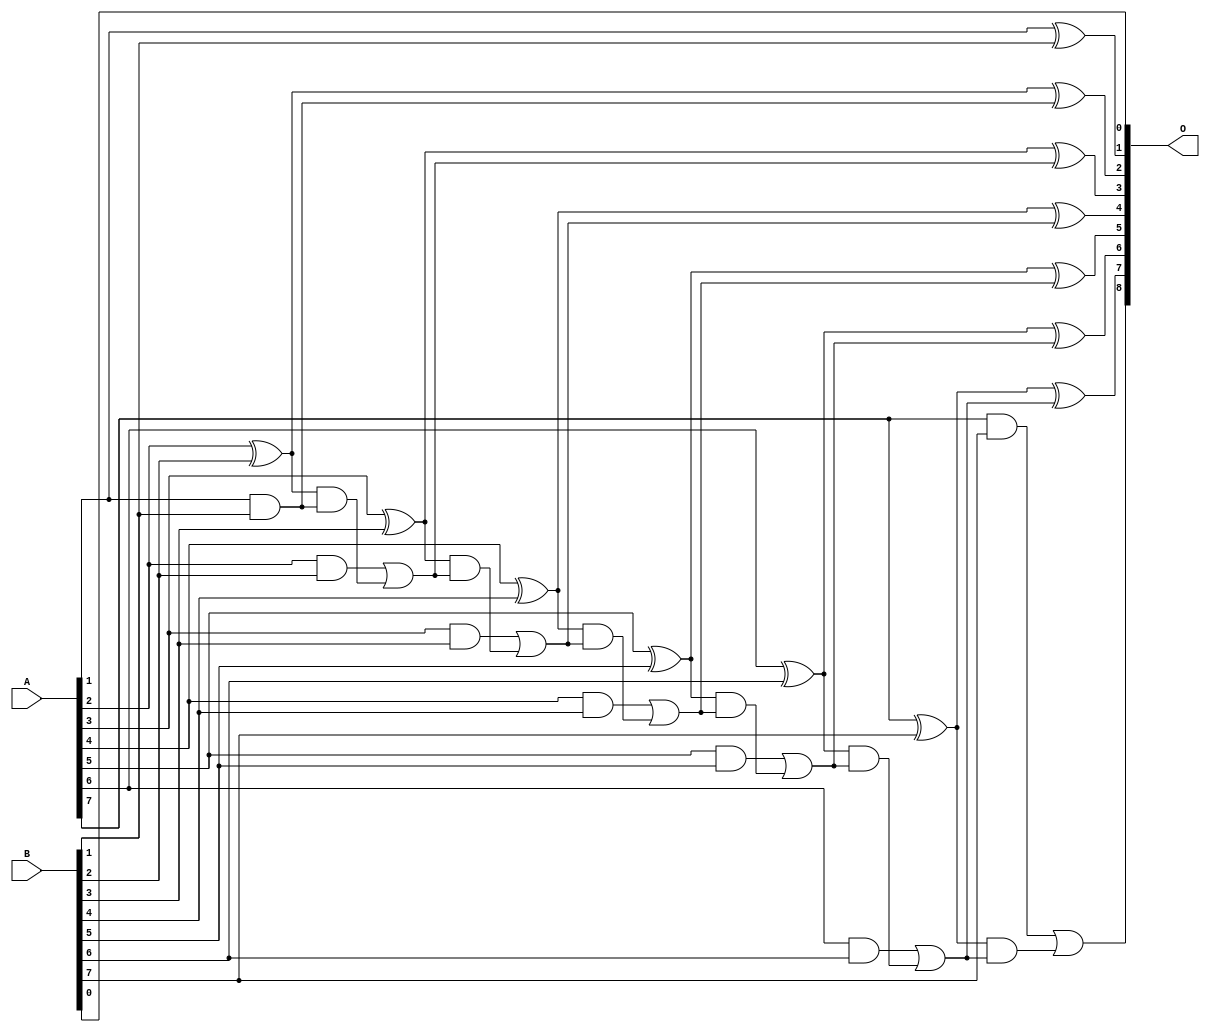
/***
* This code is a part of EvoApproxLib library (ehw.fit.vutbr.cz/approxlib) distributed under The MIT License.
* When used, please cite the following article(s): PRABAKARAN B. S., MRAZEK V., VASICEK Z., SEKANINA L., SHAFIQUE M. ApproxFPGAs: Embracing ASIC-based Approximate Arithmetic Components for FPGA-Based Systems. DAC 2020. 
***/
// MAE% = 0.098 %
// MAE = 0.5 
// WCE% = 0.20 %
// WCE = 1.0 
// WCRE% = 100.00 %
// EP% = 50.00 %
// MRE% = 0.27 %
// MSE = 0.5 
// FPGA_POWER = 0.34
// FPGA_DELAY = 7.6
// FPGA_LUT = 7.0


module add8u_00Z(A, B, O);
  input [7:0] A, B;
  output [8:0] O;
  wire sig_19, sig_22, sig_23, sig_24, sig_25, sig_27;
  wire sig_28, sig_29, sig_30, sig_32, sig_33, sig_34;
  wire sig_35, sig_37, sig_38, sig_39, sig_40, sig_42;
  wire sig_43, sig_44, sig_45, sig_47, sig_48, sig_49;
  wire sig_50;
  assign O[1] = A[1] ^ B[1];
  assign sig_19 = A[1] & B[1];
  assign sig_22 = sig_19;
  assign sig_23 = A[2] ^ B[2];
  assign sig_24 = A[2] & B[2];
  assign sig_25 = sig_23 & sig_22;
  assign O[2] = sig_23 ^ sig_22;
  assign sig_27 = sig_24 | sig_25;
  assign sig_28 = A[3] ^ B[3];
  assign sig_29 = A[3] & B[3];
  assign sig_30 = sig_28 & sig_27;
  assign O[3] = sig_28 ^ sig_27;
  assign sig_32 = sig_29 | sig_30;
  assign sig_33 = A[4] ^ B[4];
  assign sig_34 = A[4] & B[4];
  assign sig_35 = sig_33 & sig_32;
  assign O[4] = sig_33 ^ sig_32;
  assign sig_37 = sig_34 | sig_35;
  assign sig_38 = A[5] ^ B[5];
  assign sig_39 = A[5] & B[5];
  assign sig_40 = sig_38 & sig_37;
  assign O[5] = sig_38 ^ sig_37;
  assign sig_42 = sig_39 | sig_40;
  assign sig_43 = A[6] ^ B[6];
  assign sig_44 = A[6] & B[6];
  assign sig_45 = sig_43 & sig_42;
  assign O[6] = sig_43 ^ sig_42;
  assign sig_47 = sig_44 | sig_45;
  assign sig_48 = A[7] ^ B[7];
  assign sig_49 = A[7] & B[7];
  assign sig_50 = sig_48 & sig_47;
  assign O[7] = sig_48 ^ sig_47;
  assign O[8] = sig_49 | sig_50;
  assign O[0] = B[0];
endmodule